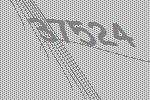
37524